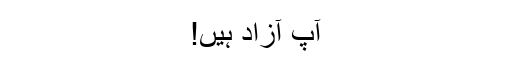
آپ آزاد ہیں!